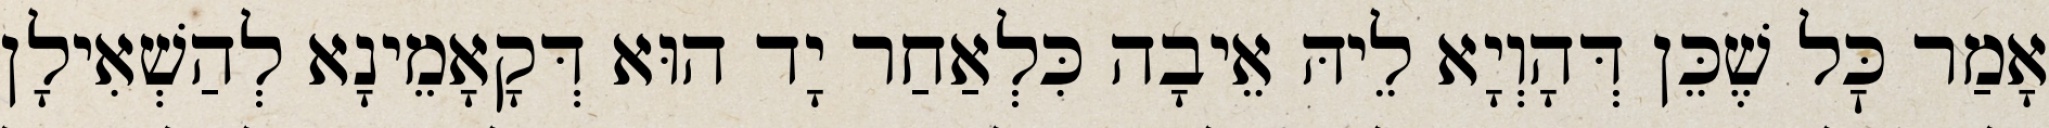
אָמַר כׇּל שֶׁכֵּן דְּהָוְיָא לֵיהּ אֵיבָה כִּלְאַחַר יָד הוּא דְּקָאָמֵינָא לְהַשְׁאִילָן